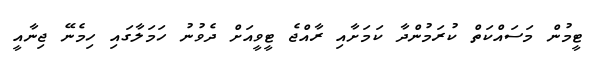
ޓީމުން މަސައްކަތް ކުރަމުންދާ ކަމަށާއި ރާއްޖެ ޓީވީއަށް ދެވުނު ހަމަލާގައި ހިމެނޭ ޖިނާއީ